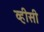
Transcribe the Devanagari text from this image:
व्हीसी